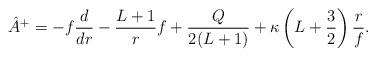
LaTeX: \begin{align*} \hat{A}^+ = - f \frac{d}{dr} - \frac{L+1}{r} f + \frac{Q}{2(L+1)} + \kappa \left(L+\frac{3}{2}\right) \frac{r}{f}.\end{align*}